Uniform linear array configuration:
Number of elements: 16
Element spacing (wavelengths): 1
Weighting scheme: uniform
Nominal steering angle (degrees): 45
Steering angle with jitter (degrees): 45.039
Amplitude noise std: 0.05
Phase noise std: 0.05

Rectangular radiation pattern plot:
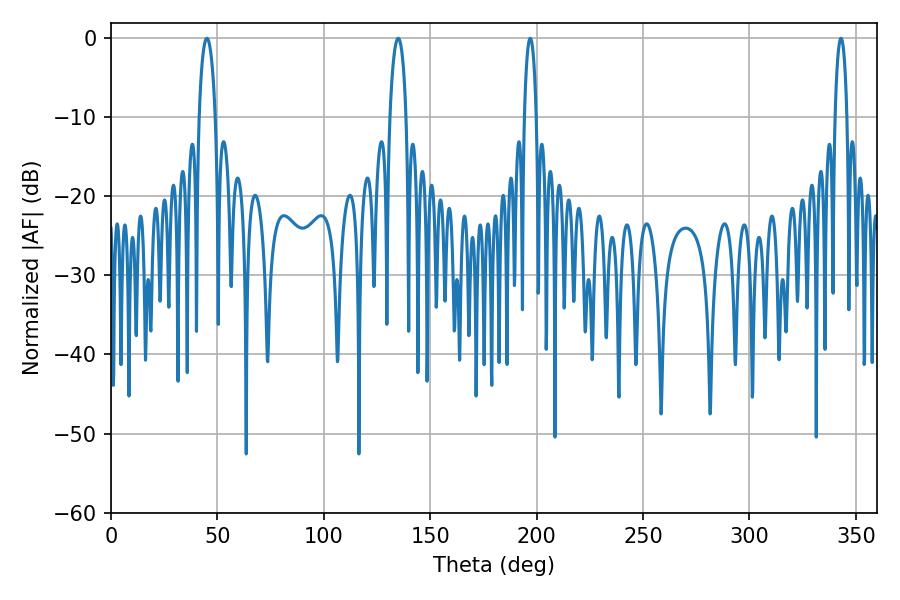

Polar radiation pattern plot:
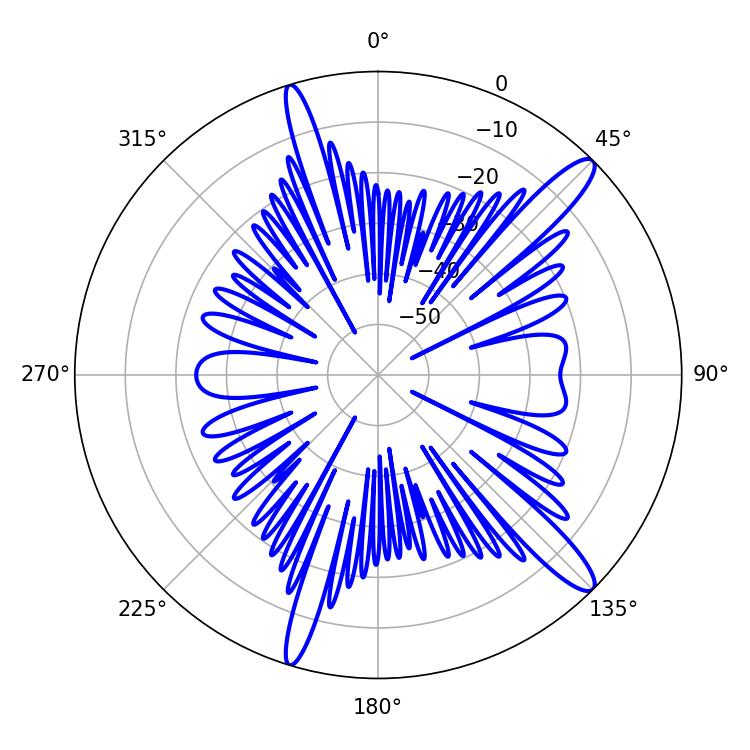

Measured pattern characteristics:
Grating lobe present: TRUE
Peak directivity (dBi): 13.661
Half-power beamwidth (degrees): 4.32
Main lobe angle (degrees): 45